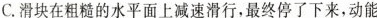
C.滑块在粗糙的水平面上减速滑行，最终停了下来，动能